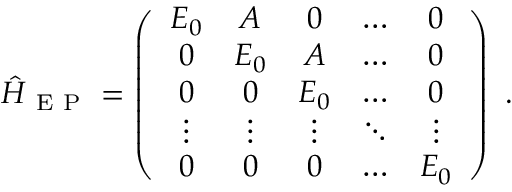
\hat { H } _ { \mathrm { ~ E ~ P ~ } } = \left( \begin{array} { c c c c c } { E _ { 0 } } & { A } & { 0 } & { \ldots } & { 0 } \\ { 0 } & { E _ { 0 } } & { A } & { \ldots } & { 0 } \\ { 0 } & { 0 } & { E _ { 0 } } & { \ldots } & { 0 } \\ { \vdots } & { \vdots } & { \vdots } & { \ddots } & { \vdots } \\ { 0 } & { 0 } & { 0 } & { \ldots } & { E _ { 0 } } \end{array} \right) \ .